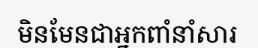
មិនមែនជាអ្នកពាំនាំសារ